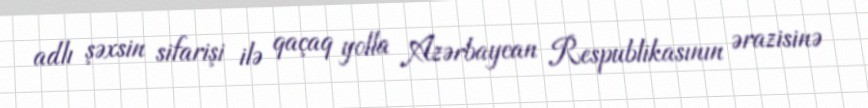
adlı şəxsin sifarişi ilə qaçaq yolla Azərbaycan Respublikasının ərazisinə